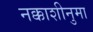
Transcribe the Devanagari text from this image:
नक्काशीनुमा